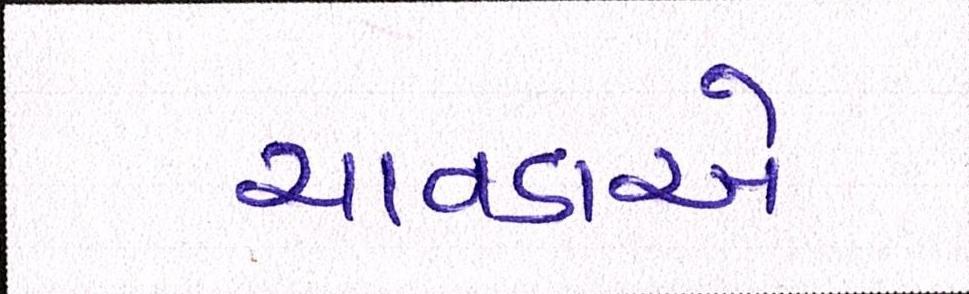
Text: ચાવડાએ